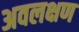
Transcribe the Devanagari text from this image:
अवलक्षण